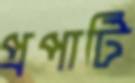
প্রপার্টি